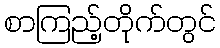
စာကြည့်တိုက်တွင်